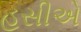
હસીએ